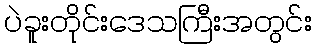
ပဲခူးတိုင်းဒေသကြီးအတွင်း